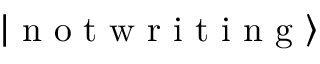
\left| \textrm { n o t w r i t i n g } \right\rangle